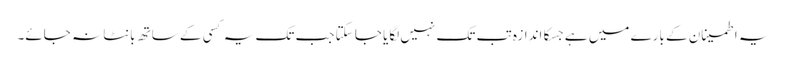
یہ اطمینان کے بارے میں ہے جسکا اندازہ تب تک نہیں لگایا جا سکتا جب تک یہ کسی کے ساتھ بانٹا نہ جائے۔